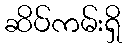
ဆိပ်ကမ်းရှိ